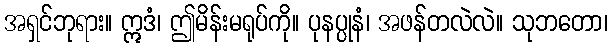
အရှင်ဘုရား။ ဣဒံ၊ ဤမိန်းမရုပ်ကို။ ပုနပ္ပုနံ၊ အဖန်တလဲလဲ။ သုဘတော၊